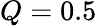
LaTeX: Q=0.5